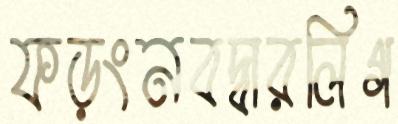
ফড়ংনবদ্বারলিগ